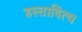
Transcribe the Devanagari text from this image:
हस्तादित्य